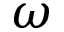
\omega